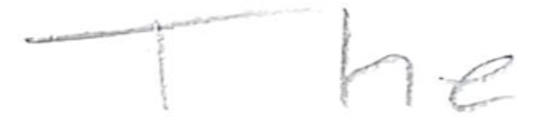
Text: The
Cross-out: clean
Writing tool: pencil